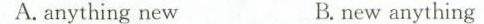
A. anything new B. new anything